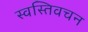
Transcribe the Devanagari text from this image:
स्वस्तिवचन